Report on lock hospitals in British Burma
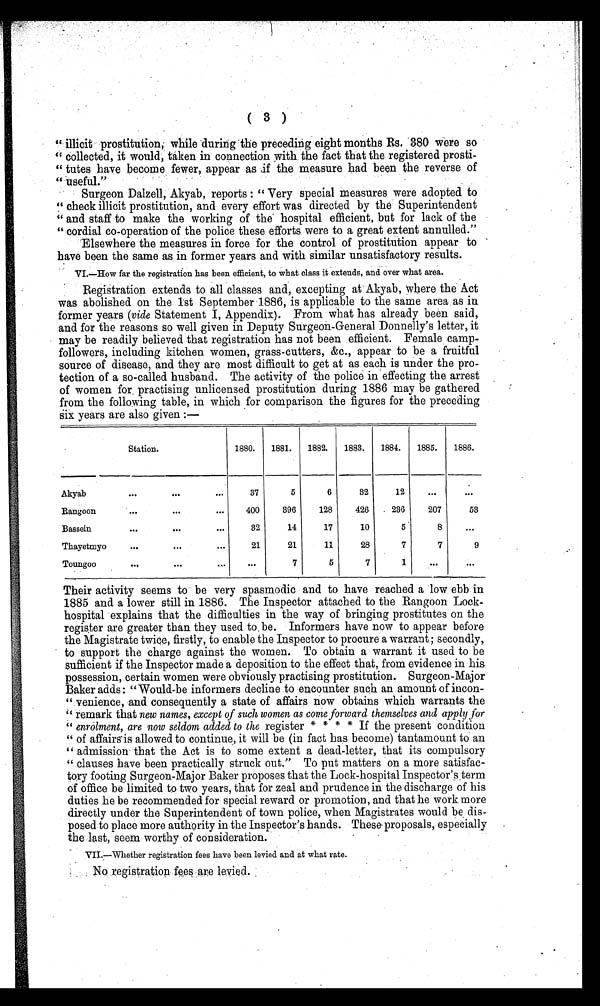
( 3 )
.
" illicit prostitution while during the preceding eight months Rs. 380 Were so
" collected, it would, taken in connection with the fact that the registered prosti-
" tutes have become fewer, appear as ,if the measure had been the reverse of
" useful."
Surgeon Dalzell, Akyab, reports : " Very special measures were adopted to
" check illicit prostitution, and every effort was directed by the Superintendent
" and staff to make the working of the hospital efficient, but for lack of the
" cordial co-operation of the police these efforts were to a great extent annulled."
Elsewhere the measures in force for the control of prostitution appear to
have been the same as in former years and with similar unsatisfactory results.
VI.—How far the registration has been efficient, to what class it extends, and over what area.
Registration extends to all classes and, excepting at Akyab, where the Act
was abolished on the 1st September 1886, is applicable to the same area as in
former years (vide Statement I, Appendix). From what has already been said,
and for the reasons so well given in Deputy Surgeon-General Donnelly's letter, it
may be readily believed that registration has not been efficient. Female camp-
followers, including kitchen women, grass-cutters, &c., appear to be a fruitful
source of disease, and they are most difficult to get at as each is under the pro-
tection of a so-called husband. The activity of the police in effecting the arrest
of women for practising unlicensed prostitution during 1886 may be gathered
from the following table, in which for comparison the figures for the preceding
Six years are also given :—
Station.
1880. 1881. 1882. 1883. 1884. 1885. 1886.
Akyab
...
...
...
37
5
6
32
12
...
. . .
Rangoon
...
...
...
400
396
128
426
236
207
53
Bassein
...
...
...
32
14
17
10
5
8
...
Thayetmyo
...
...
...
21
21
11
28
7
7
9
Toungoo
...
...
...
. . .
7
5
7
1
. . .
...
Their activity seems to be very spasmodic and to have reached a low ebb in
1885 and a lower still in 1886. The Inspector attached to the Rangoon Lock-
hospital explains that the difficulties in the way of bringing prostitutes on the
register are greater than they used to, be. Informers have now to appear before
the Magistrate twice, firstly, to enable the Inspector to procure a warrant ; secondly,
to support the charge against the women. To obtain a warrant it used to be
sufficient if the Inspector made a deposition to the effect that, from evidence in his
possession, certain women were obviously practising prostitution. Surgeon-Major
Baker adds: "Would-be informers decline to encounter such an amount of incon-
" venience, and consequently a state of affairs now obtains which warrants the
" remark that new names, except of such women as come forward themselves and apply for
" enrolment, are now seldom added to the register * * * * If the present condition
" of affairs is allowed to continue, it will be (in fact has become) tantamount to an
" admission that the Act is to some extent a dead-letter, that its compulsory
" clauses have been practically struck out." To put matters on a more satisfac-
tory footing Surgeon-Major Baker proposes that the Lock-hospital Inspector's term
of office be limited to two years, that for zeal and prudence in the discharge of his
duties he be recommended for special reward or promotion, and that he work more
directly under the Superintendent of town police, when Magistrates would be dis-
posed to place more authority in the Inspector's hands. These proposals, especially
the last, seem worthy of consideration.
VII.—Whether registration fees have been levied and at what rate.
No registration fees are levied.